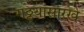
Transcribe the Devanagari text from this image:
गठ्ठ्यांसारखे